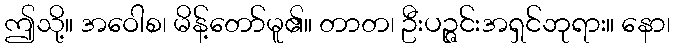
ဤသို့။ အဝေါစ၊ မိန့်တော်မူ၏။ တာတ၊ ဦးပဉ္ဇင်းအရှင်ဘုရား။ နော၊